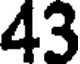
43